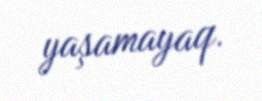
yaşamayaq.